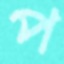
প